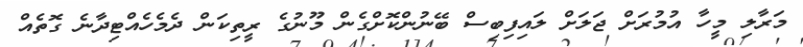
މަރާލި މީހާ އުމުރަށް ޖަލަށް ލައިފިބިސް ބޭނުންކޮށްގެން މޫނުގެ ރީތިކަން ދެމެހެއްޓިދާނެ ގޮތެއް